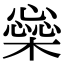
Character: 橤